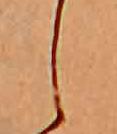
し